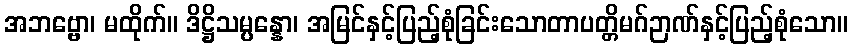
အဘဗ္ဗော၊ မထိုက်။ ဒိဋ္ဌိသမ္ပန္နော၊ အမြင်နှင့်ပြည့်စုံခြင်းသောတာပတ္တိမဂ်ဉာဏ်နှင့်ပြည့်စုံသော။